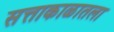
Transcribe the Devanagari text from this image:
सत्ताकाळातला